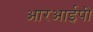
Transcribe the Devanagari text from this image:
आरआईपी